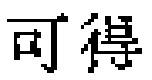
可得